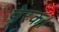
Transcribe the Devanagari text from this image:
प्रेरक।